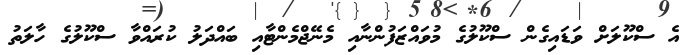
އެ ސްކޫލަށް ވަޑައިގެން ސްކޫލުގެ މުވައްޒަފުންނާއި މެނޭޖްމެންޓާއި ބައްދަލު ކުރައްވާ ސްކޫލުގެ ހާލަތު